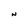
Character: N